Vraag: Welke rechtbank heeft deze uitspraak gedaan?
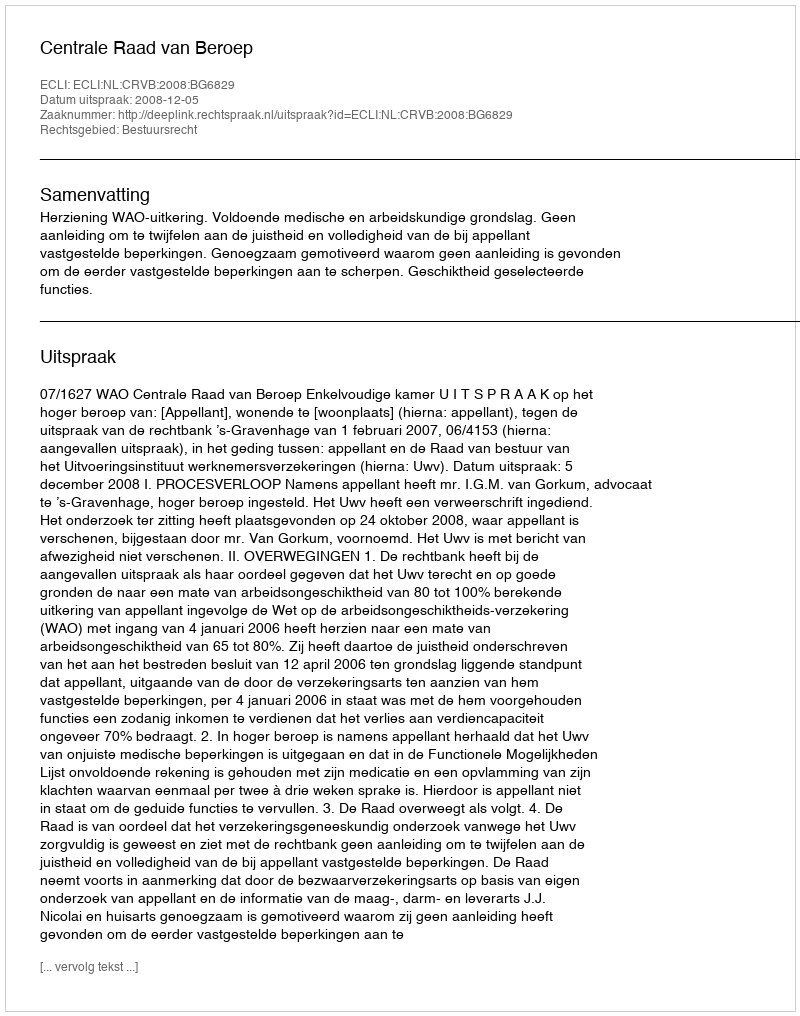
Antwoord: Centrale Raad van Beroep